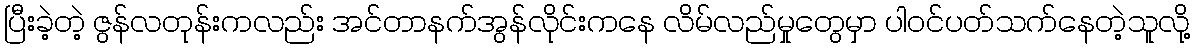
ပြီးခဲ့တဲ့ ဇွန်လတုန်းကလည်း အင်တာနက်အွန်လိုင်းကနေ လိမ်လည်မှုတွေမှာ ပါဝင်ပတ်သက်နေတဲ့သူလို့